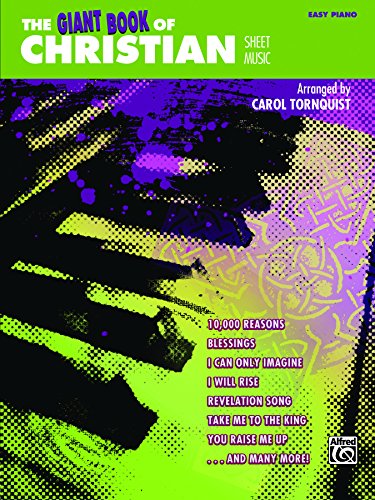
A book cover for The Giant Book of Christian Sheet Music: Easy Piano (Giant Book of Sheet Music); Carol Tornquist; Christian Books & Bibles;